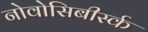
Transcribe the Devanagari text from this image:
नोवोसिबीर्स्क